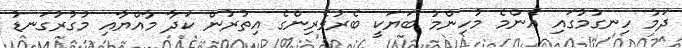
ދަމު ހިނގުމުގައި އެންމެ މުހިންމު ބަޔަކީ ބެރުވެރިންގެ އިތުރުން ކަދާ މާއްޔާއި މުގުރުގަނޑު